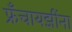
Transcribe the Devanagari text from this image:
फ्रँचायझींना